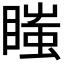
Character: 𥉍